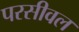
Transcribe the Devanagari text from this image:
परसीवल